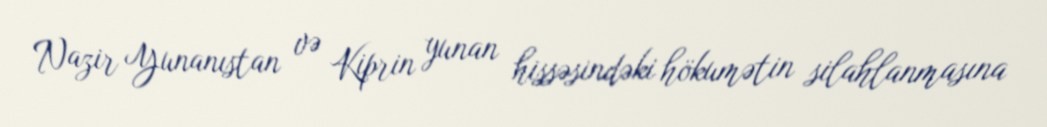
Nazir Yunanıstan və Kiprin yunan hissəsindəki hökumətin silahlanmasına